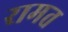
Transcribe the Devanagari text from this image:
रामत